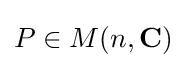
P\in M(n,\mathbf {C} )